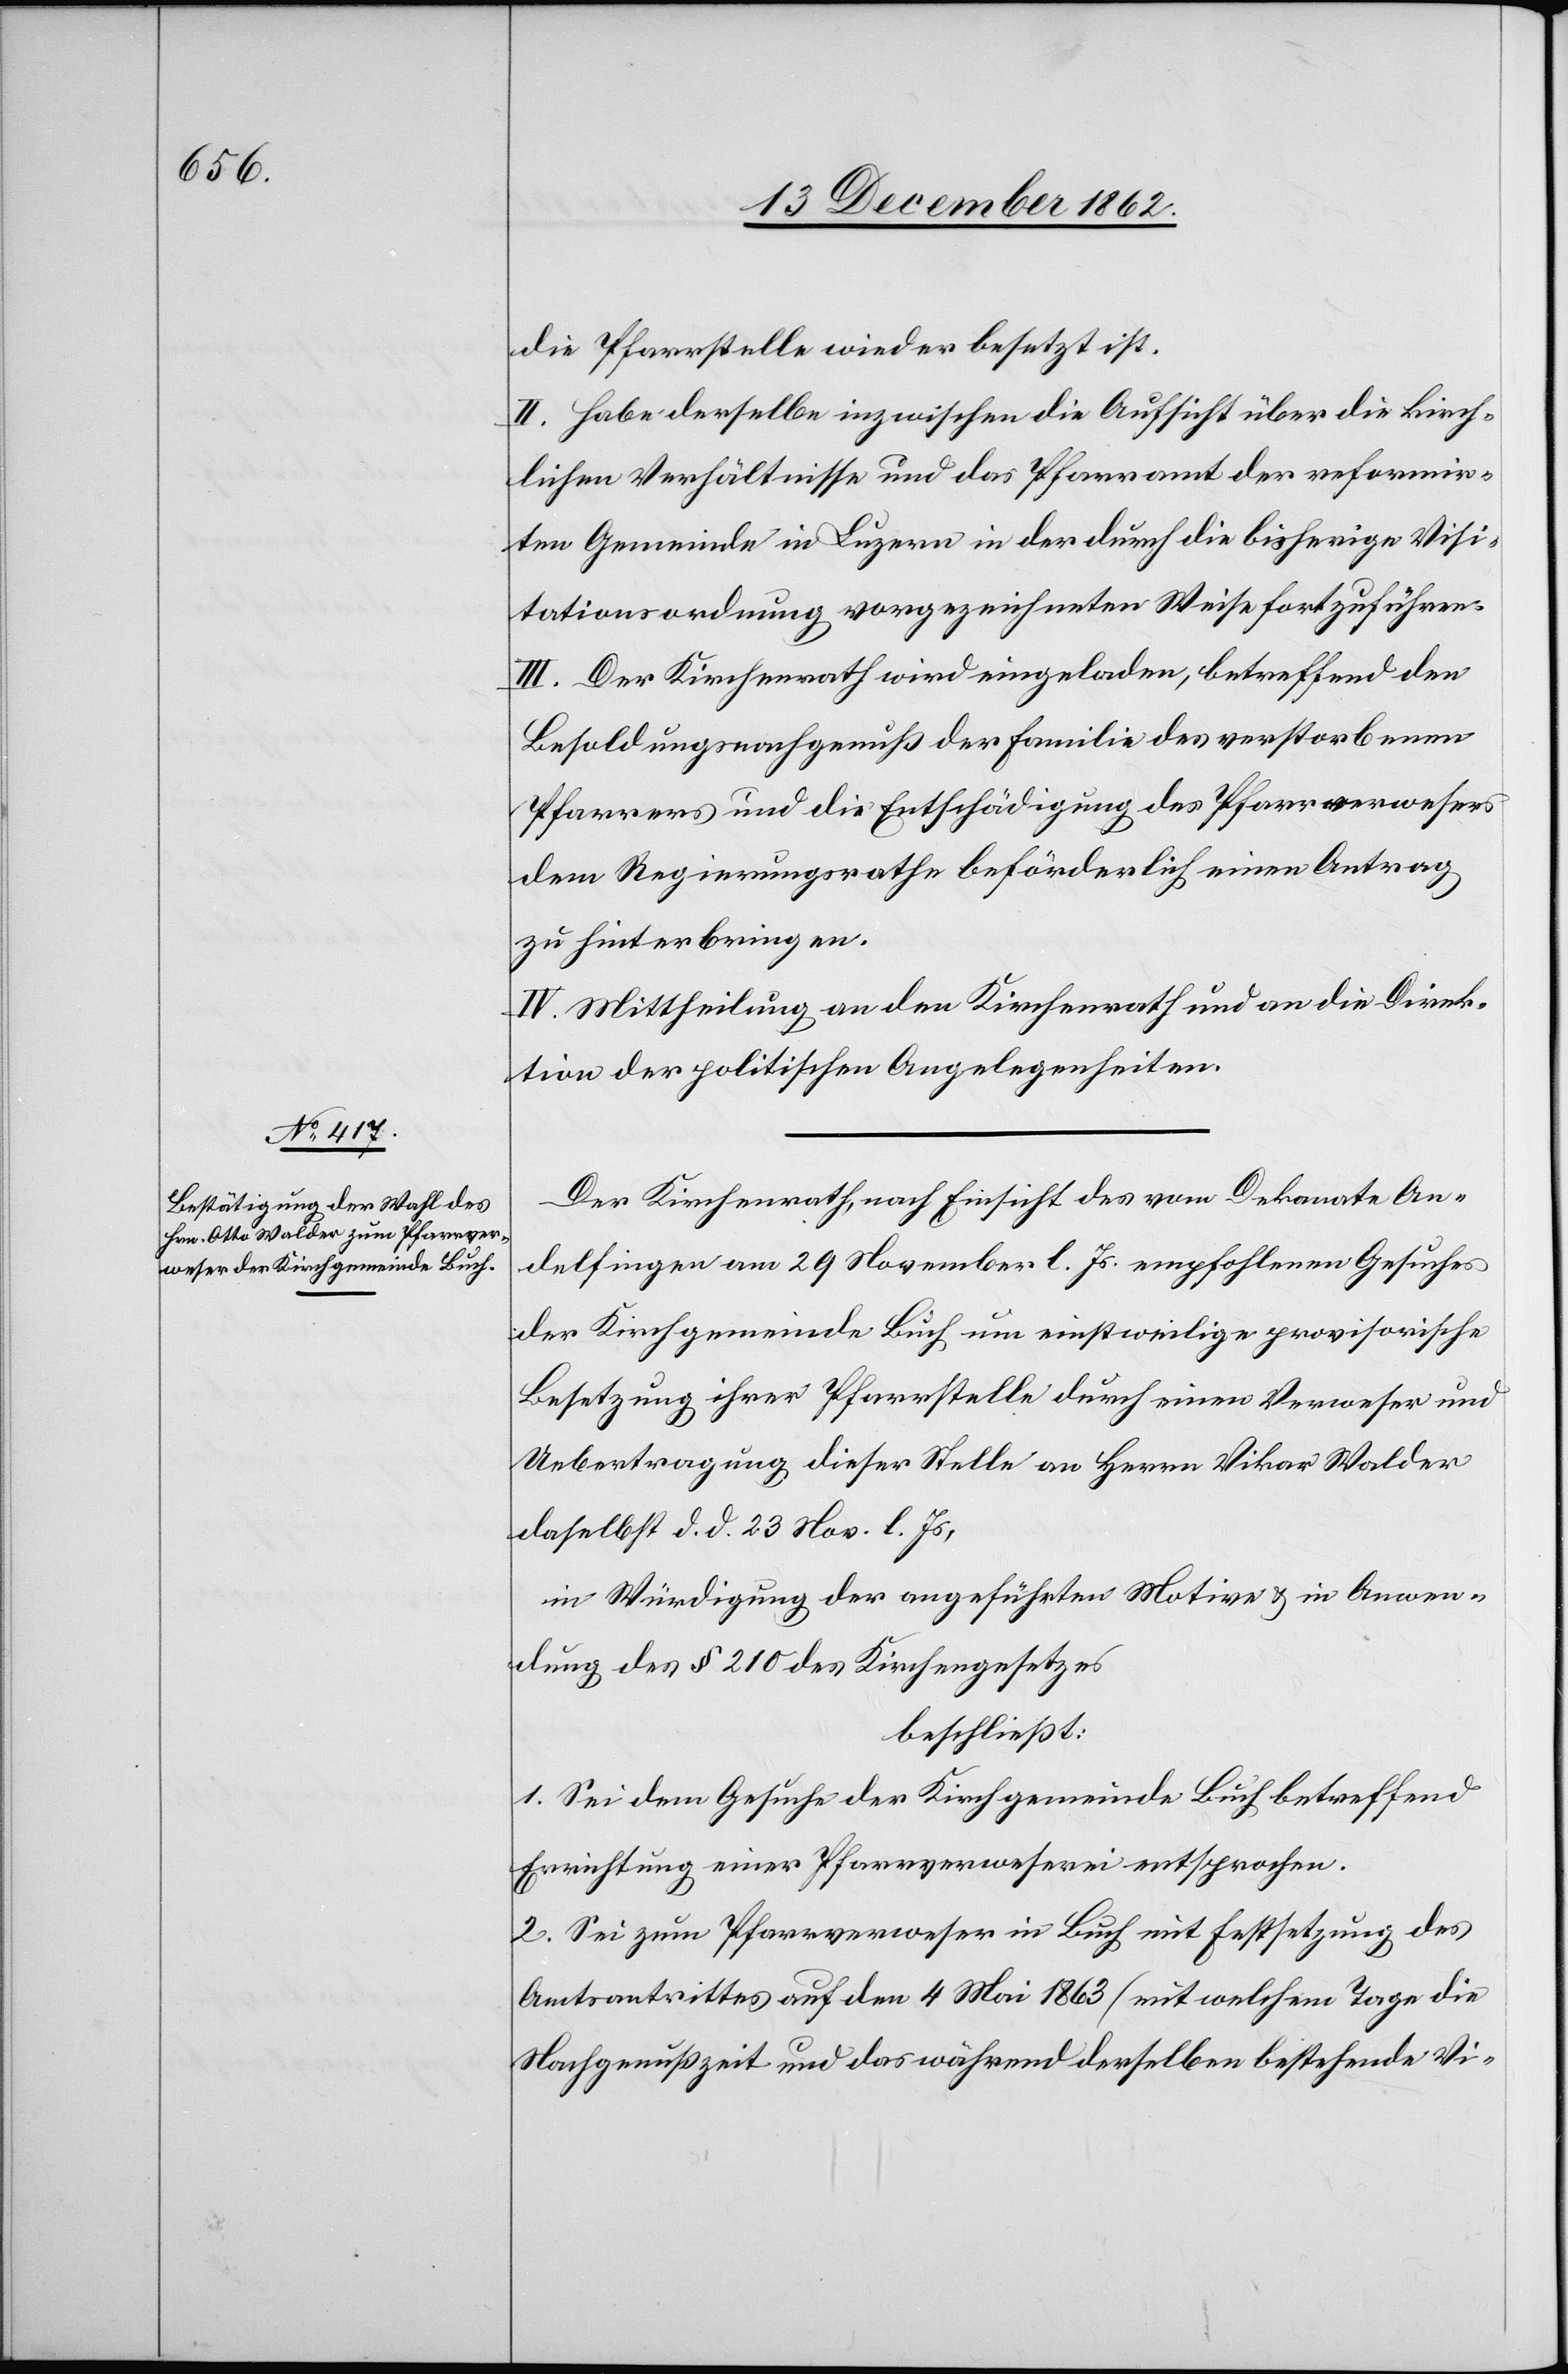
die Pfarrstelle wieder besetzt ist.
II. Habe derselbe inzwischen die Aufsicht über die kirch¬
lichen Verhältnisse und das Pfarramt der reformir¬
ten Gemeinde in Luzern in der durch die bisherige Visi¬
tationsordnung vorgezeichneten Weise fortzuführen.
III. Der Kirchenrath wird eingeladen, betreffend den
Besoldungsnachgenuß der Familie des verstorbenen
Pfarrers und die Entschädigung des Pfarrverwesers
dem Regierungsrathe beförderlich einen Antrag
zu hinterbringen.
IV. Mittheilung an den Kirchenrath und an die Direk¬
tion der politischen Angelegenheiten.
Der Kirchenrath, nach Einsicht des vom Dekanate An¬
delfingen am 29. November l. Js. empfohlenen Gesuches
der Kirchgemeinde Buch um einstweilige provisorische
Besetzung ihrer Pfarrstelle durch einen Verweser und
Uebertragung dieser Stelle an Herrn Vikar Walder
daselbst d. d. 23. Nov. l. Js,
in Würdigung der angeführten Motive u. in Anwen¬
dung des § 210 des Kirchengesetzes
beschließt:
1. Sei dem Gesuche der Kirchgemeinde Buch betreffend
Errichtung einer Pfarrverweserei entsprochen.
2. Sei zum Pfarrverweser in Buch mit Festsetzung des
Amtsantrittes auf den 4. Mai 1863 (mit welchem Tage die
Nachgenußzeit und das während derselben bestehende Vi-